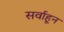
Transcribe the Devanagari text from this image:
सर्वाहून